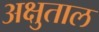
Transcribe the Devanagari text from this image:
अक्षुताल